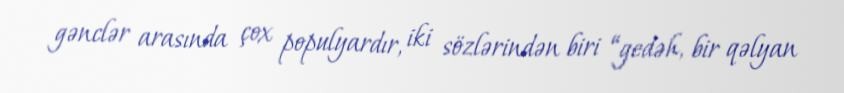
gənclər arasında çox populyardır, iki sözlərindən biri “gedəh, bir qəlyan